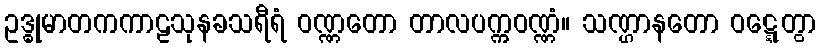
ဥဒ္ဓုမာတကကာဠသုနခသရီရံ ဝဏ္ဏတော တာလပက္ကဝဏ္ဏံ။ သဏ္ဌာနတော ဝဋ္ဋေတွာ